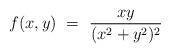
LaTeX: \begin{align*}f(x,y) \ = \ \frac{x y}{(x^2 + y^2)^2}\end{align*}